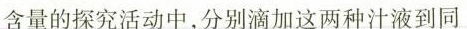
含量的探究活动中，分别滴加这两种汁液到同